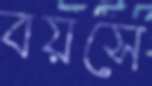
বয়সে